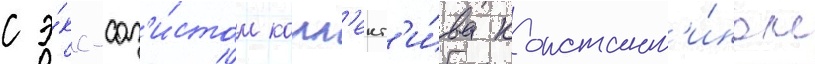
с э́кс-сол'и́стом колл'ект'и́ва констант'и́ном